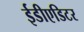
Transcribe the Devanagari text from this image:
ईडीएडिटर